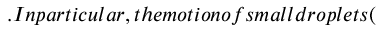
. I n p a r t i c u l a r , t h e m o t i o n o f s m a l l d r o p l e t s (